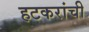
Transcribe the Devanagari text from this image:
हटकरांची